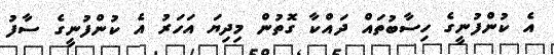
އެ ކުންފުނީގެ ހިސާބުތައް ދައްކާ ގޮތުން މިދިޔަ އަހަރު އެ ކުންފުނީގެ ސާފު